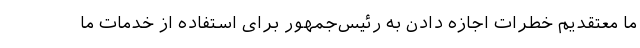
ما معتقدیم خطرات اجازه دادن به رئیس‌جمهور برای استفاده از خدمات ما